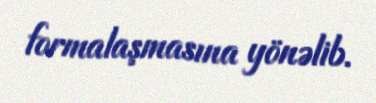
formalaşmasına yönəlib.